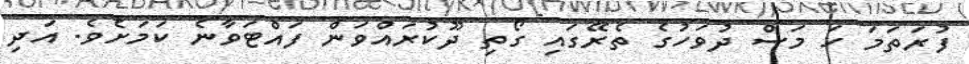
ފުރަތަމަ ހަ މަސް ދުވަހުގެ ތެރޭގައި ގޯތި ދޫކުރައްވަން ފައްޓަވާނެ ކަމަށެވެ. އަދި